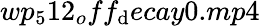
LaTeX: wp_{5}12_{o}ff_{\mathrm{d}}ecay0.mp4